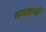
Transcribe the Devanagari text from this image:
दवडणें